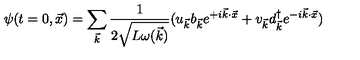
\psi ( t = 0 , \vec { x } ) = \sum _ { \vec { k } } { \frac { 1 } { 2 \sqrt { L \omega ( \vec { k } ) } } } ( u _ { \vec { k } } b _ { \vec { k } } e ^ { + i \vec { k } \cdot \vec { x } } + v _ { \vec { k } } d _ { \vec { k } } ^ { \dag } e ^ { - i \vec { k } \cdot \vec { x } } )